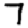
Digit: 7